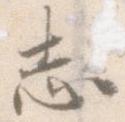
志